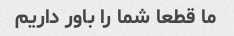
ما قطعا شما را باور داریم